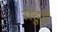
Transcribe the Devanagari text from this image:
राहुडे